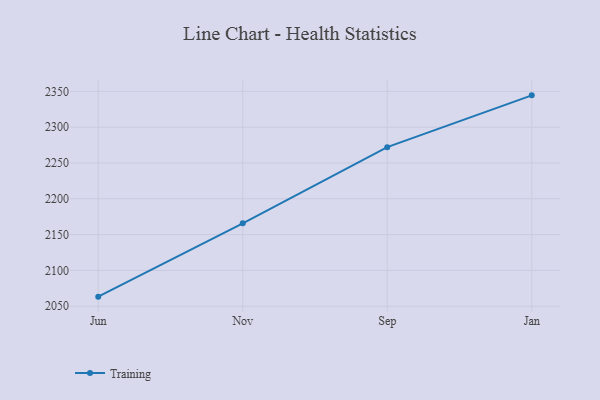
{"axis": {"x": "Month", "y": "Operating Costs (USD K)"}, "legend": ["Training"], "data": [{"x": "Jun", "y": 2063.4, "type": "Training"}, {"x": "Nov", "y": 2165.8, "type": "Training"}, {"x": "Sep", "y": 2272.1, "type": "Training"}, {"x": "Jan", "y": 2344.4, "type": "Training"}]}